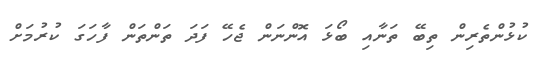
ކުޅުންތެރިން ތިބޭ ތަނާއި ބޯޅަ އޮންނަން ޖެހޭ ފަދަ ތަންތަން ފާހަގަ ކުރުމަށް